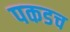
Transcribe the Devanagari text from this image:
पकडच